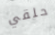
حلقي